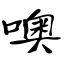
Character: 噢